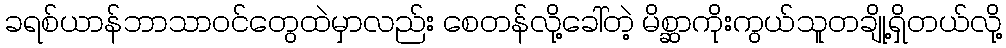
ခရစ်ယာန်ဘာသာဝင်တွေထဲမှာလည်း စေတန်လို့ခေါ်တဲ့ မိစ္ဆာကိုးကွယ်သူတချို့ရှိတယ်လို့